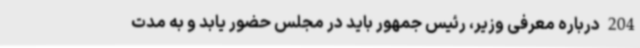
204 درباره معرفی وزیر، رئیس جمهور باید در مجلس حضور یابد و به مدت